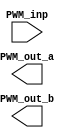
`timescale 1ns / 1ps
//////////////////////////////////////////////////////////////////////////////////
// Company: 
// Engineer: 
// 
// Design Name: 
// Module Name: deadtime_module
// Project Name: 
// Target Devices: 
// Tool Versions: 
// Description: 
// 
// Dependencies: 
// 
// Revision:
// Revision 0.01 - File Created
// Additional Comments:
// 
//////////////////////////////////////////////////////////////////////////////////


module deadtime_module(
    input PWM_inp,
    
    output PWM_out_a,
    output PWM_out_b
    );
endmodule